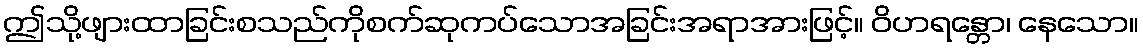
ဤသို့ဖျားထာခြင်းစသည်ကိုစက်ဆုကပ်သောအခြင်းအရာအားဖြင့်။ ဝိဟရန္တော၊ နေသော။